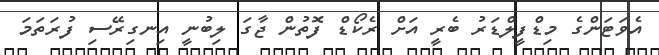
އެވަޓަންގެ މިޑްފީލްޑަރު ބެރީ އަށް ރެކޯޑް ފޮތުން ޖާގަ ލިބުނީ އިނގިރޭސި ފުރަތަމަ